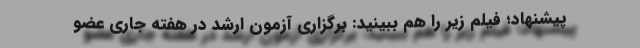
پیشنهاد؛ فیلم‌ زیر را هم ببینید: برگزاری آزمون ارشد در هفته جاری عضو